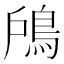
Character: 𩿇